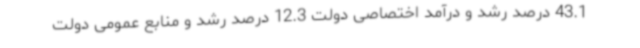
43.1 درصد رشد و درآمد اختصاصی دولت 12.3 درصد رشد و منابع عمومی دولت